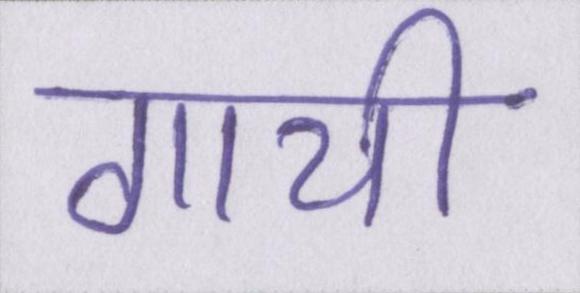
गायी